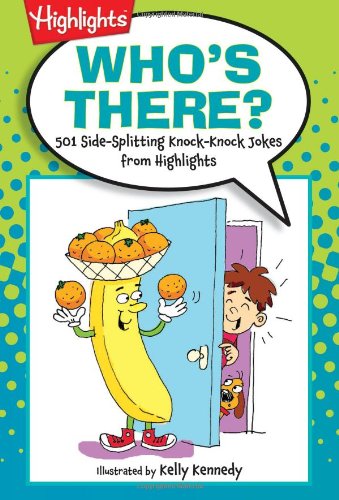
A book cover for Who's There?: 501 Side-Splitting Knock-Knock Jokes from Highlights (Laugh Attack!); Highlights for Children; Children's Books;